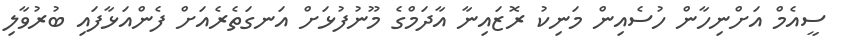
ސީއެމް އަށްނިހާން ހުސެއިން މަނިކު ރޮޒައިނާ އާދަމްގެ މޫނުފުޅަށް އަނގަތެރެއަށް ފެންއަޅާފައި ބުރުވާލި